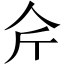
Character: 𱎥